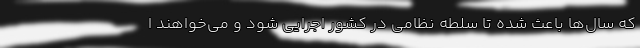
که سال‌ها باعث شده تا سلطه نظامی در کشور اجرایی شود و می‌خواهند ا